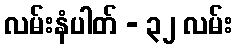
လမ်းနံပါတ် - ၃၂ လမ်း